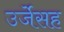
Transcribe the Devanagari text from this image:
उर्जेसह